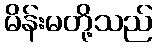
မိန်းမတို့သည်